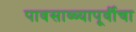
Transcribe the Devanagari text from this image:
पावसाळ्यापूर्वीचा